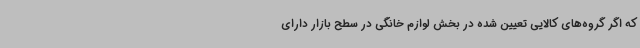
که اگر گروه‌های کالایی تعیین شده در بخش لوازم خانگی در سطح بازار دارای